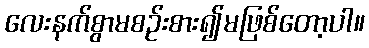
လေးနက်စွာမစဉ်းစား၍မဖြစ်တော့ပါ။